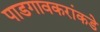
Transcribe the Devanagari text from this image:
पाडगावकरांकडे